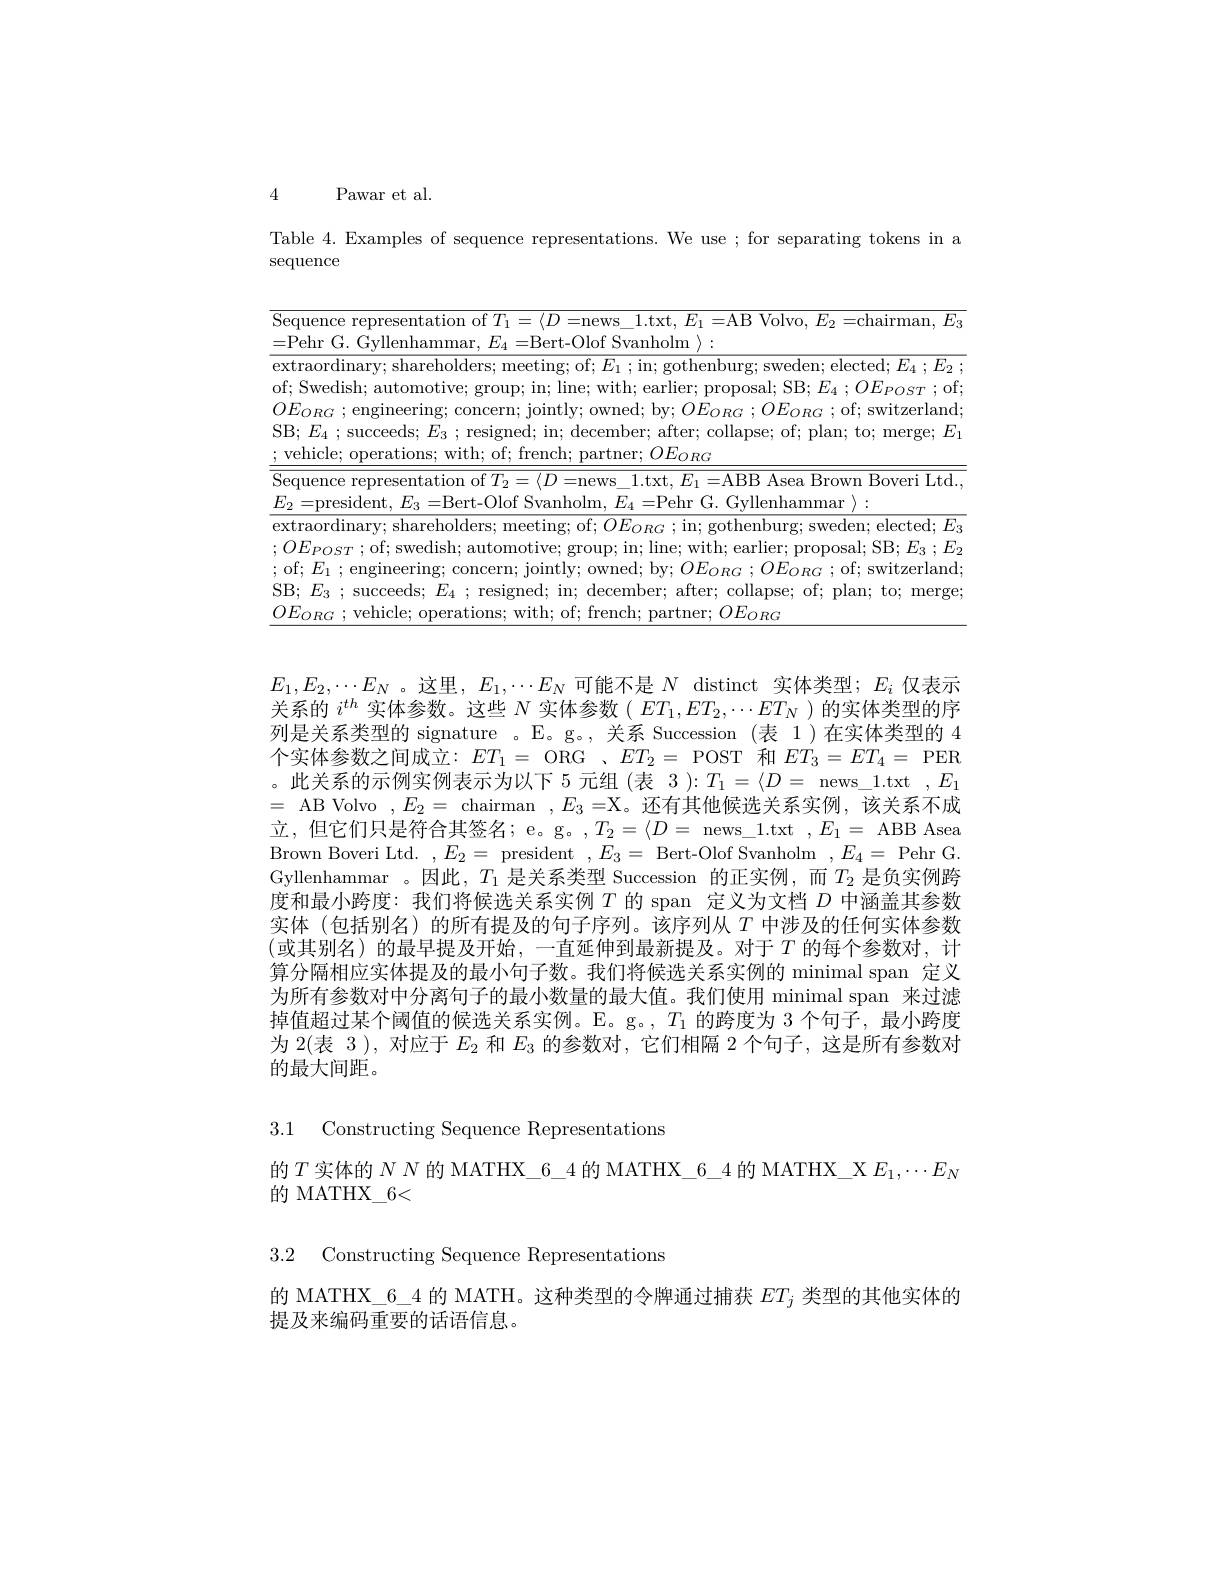
4 Pawar et al.

Table 4. Examples of sequence representations. We use ; for separating tokens in a
sequence

<table>
	<tbody>
		<tr>
			<td>$\overline{\mathrm{Se}}$ =</td>
			<td>nce representation of $T_1= \langle D=$n$ews\_ 1. txt$, $E_1=$A$B Volvo$, $E_2=$c$hairman$, $E_3\rangle$ G. Gvllenhammar, $E_{4}=$Bert-Olof Svanholm $\rangle:$</td>
		</tr>
		<tr>
			<td>$ex$ of $O.$ $SF$</td>
			<td>rdinary; shareholders; meeting; of; $E_{1}$ ; in; gothenburg; sweden; elected; $E_4$ $; E_{2}$ edish; automotive; group; in; line; with; earlier; proposal; SB; $E_{4};OE_{POST};$of $_{G}$ ;engineering; concern; jointly; owned; by; $OE_{ORG}$ $; OE_{ORG}$ ; of; switzerland $_{4}$ ; succeeds; $E_{3}$ ; resigned; in; december; after; collapse; of; plan; to; merge; $E_{1}$ , le; operations; with; of; french; partner; $OE_{ORG}$</td>
		</tr>
		<tr>
			<td>$Se$ $E.$</td>
			<td>nce representation of $T_2= \langle D=$n$ews\_ 1. txt, E_1=$A$BB Asea Brown Boveri Ltd.$ </td>
		</tr>
		<tr>
			<td>$ex$ SF $O.$</td>
			<td>rdinary; shareholders; meeting; of; $OE_{ORG};$in; gothenburg; sweden; elected; $E;$ $o_{ST}$ ;of;swedish;automotive;group;in;line;with;earlier;proposal;SB$; E_3$ $; E_2$ $_{1}^{\prime }$ ;engineering; concern; jointly; owned; by; $OE_{ORG}$ $; OE_{ORG}$ ; of; switzerland vehicle; operations; with; of; french; partner; $OE_{ORG}$</td>
		</tr>
	</tbody>
</table>

$E_{1},E_{2},\cdots E_{N}$。这里$,E_1,\cdots E_{N}$可能不是$N$ distinct 实体类型；$E_i$ 仅表示关系的$i^{th}$实体参数。这些$N$实体参数$(ET_1,ET_2,\cdots ET_N$ )的实体类型的序列是关系类型的 signature 。E。g。, 关系 Succession (表 1)在实体类型的 4个实体参数之间成立：$ET_1=$ ORG 、$ET_2=$ POST 和$ET_3=ET_4=$ PER 。此关系的示例实例表示为以下 5 元组 (表 3 ):$T_1=\langle D=$ news\_1.txt$,E_1$ = AB Volvo $,E_2=$ chairman $,E_3=$X。还有其他候选关系实例，该关系不成立，但它们只是符合其签名；e。g。,$T_2=\langle D=$ news\_1.txt $,E_1=$ ABB Asea Brown Boveri Ltd. $,E_{2}=$ president $,E_{3}=$ Bert-Olof Svanholm $,E_{4}=$ Pehr G Gyllenhammar 。因此，$T_1$ 是关系类型 Succession 的正实例，而$T_2$ 是负实例跨度和最小跨度：我们将候选关系实例$T$的 span 定义为文档$D$中涵盖其参数实体 (包括别名)的所有提及的句子序列。该序列从$T$中涉及的任何实体参数(或其别名)的最早提及开始，一直延伸到最新提及。对于 $T$ 的每个参数对，计算分隔相应实体提及的最小句子数。我们将候选关系实例的 minimal span 定义为所有参数对中分离句子的最小数量的最大值。我们使用 minimal span 来过滤掉值超过某个阈值的候选关系实例。E。g。,$T_1$的跨度为 3 个句子，最小跨度为 2(表 3 ), 对应于$E_{2}$和$E_{3}$的参数对，它们相隔 2 个句子，这是所有参数对的最大间距。

3.1 Constructing Sequence Representations

的$T$实体的 $NN$ 的 MATHX\_6\_4的 MATHX\_6\_4 的 MATHX\_X $E_1,\cdots E_N$
的 MATHX\_6<

3.2 Constructing Sequence Representations

的 MATHX\_6\_4 的 MATH。这种类型的令牌通过捕获$ET_j$类型的其他实体的
提及来编码重要的话语信息。